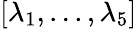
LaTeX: [\lambda_{1},...,\lambda_{5}]